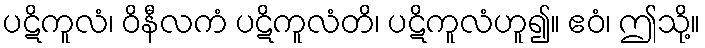
ပဋိကူလံ၊ ဝိနီလကံ ပဋိကူလံတိ၊ ပဋိကူလံဟူ၍။ ဧဝံ၊ ဤသို့။